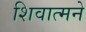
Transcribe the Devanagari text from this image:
शिवात्मने